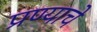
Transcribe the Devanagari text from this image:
प्रण्याचे